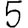
Digit: 5